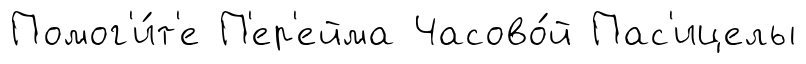
Помог'и́т'е П'ер'ейма Часово́й Пас'ицелы